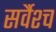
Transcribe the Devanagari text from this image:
सर्वैश्‍च